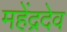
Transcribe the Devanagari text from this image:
महेंद्रदेव